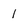
Character: l